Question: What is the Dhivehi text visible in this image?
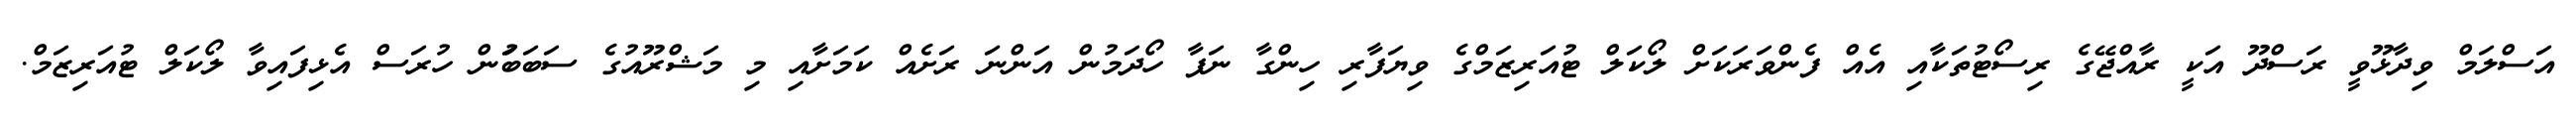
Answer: އަސްލަމް ވިދާޅޫވީ ރަސްދޫ އަކީ ރާއްޖޭގެ ރިސޯޓުތަކާއި އެއް ފެންވަރަކަށް ލޯކަލް ޓުއަރިޒަމްގެ ވިޔަފާރި ހިންގާ ނަފާ ހޯދަމުން އަންނަ ރަށެއް ކަމަށާއި މި މަޝްރޫއުގެ ސަބަބަުން ހުރަސް އެޅިފައިވާ ލޯކަލް ޓުއަރިޒަމް.